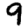
Digit: 9